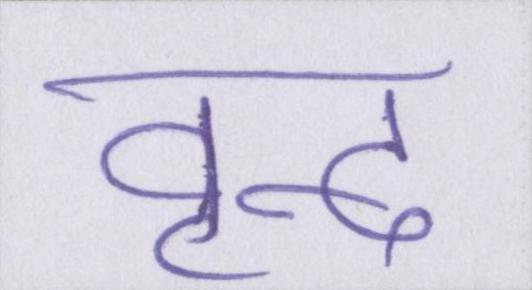
वृन्द